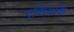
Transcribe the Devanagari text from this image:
एशियाके